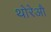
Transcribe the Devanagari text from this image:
थोरेऔ